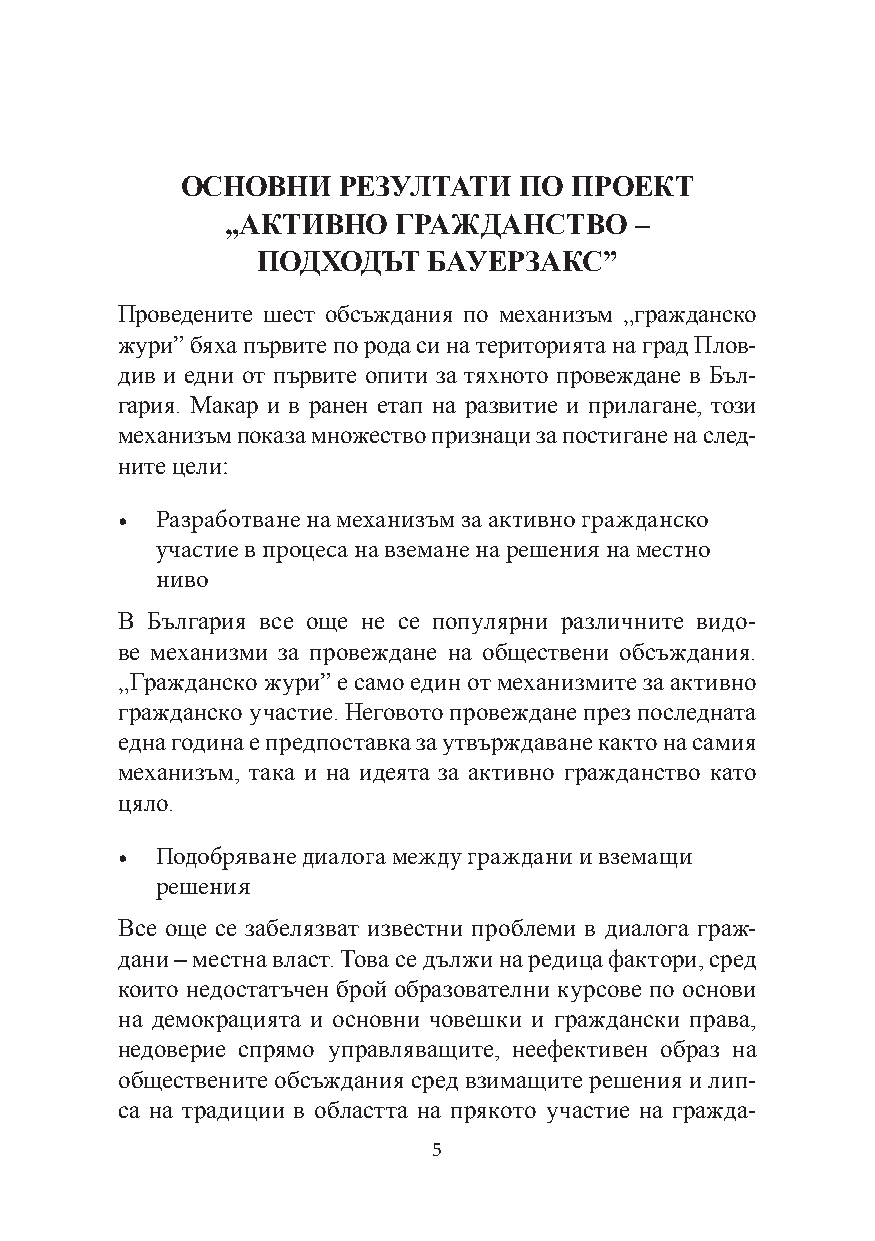
ОСНОВНИ   РЕЗУЛТАТИ   ПО  ПРОЕКТ
 „АКТИВНО   ГРАЖДАНСТВО     –
 ПОДХОДЪТ   БАУЕРЗАКС”
 Проведените шест обсъждания по механизъм „гражданско
 жури” бяха първите по рода си на територията на град Плов-
 див и едни от първите опити за тяхното провеждане в Бъл-
 гария. Макар и в ранен етап на развитие и прилагане, този
 механизъм показа множество признаци за постигане на след-
 ните цели:
 • Разработване на механизъм за активно гражданско
 участие в процеса на вземане на решения на местно
 ниво
 В България все още не се популярни различните видо-
 ве механизми за провеждане на обществени обсъждания.
 „Гражданско жури” е само един от механизмите за активно
 гражданско участие. Неговото провеждане през последната
 една година е предпоставка за утвърждаване както на самия
 механизъм, така и на идеята за активно гражданство като
 цяло.
 • Подобряване диалога между граждани и вземащи
 решения
 Все още се забелязват известни проблеми в диалога граж-
 дани – местна власт. Това се дължи на редица фактори, сред
 които недостатъчен брой образователни курсове по основи
 на демокрацията и основни човешки и граждански права,
 недоверие спрямо управляващите, неефективен образ на
 обществените обсъждания сред взимащите решения и лип-
 са на традиции в областта на прякото участие на гражда-
 5